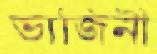
ভাজিনী